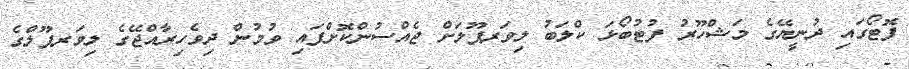
ފޮޓޯގައި ދުނީޔޭގެ މަޝްހޫރު ފުޓުބޯޅަ ކްލަބު ލިވަރޕޫލަށް ޖެއްސުންކޮށްފައި ވުމުން ދިވެހިރާއްޖޭގެ ލިވަރޕޫލްގެ